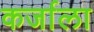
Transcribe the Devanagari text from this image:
कर्जाला